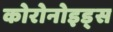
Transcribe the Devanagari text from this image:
कोरोनोइड्स